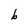
Character: b